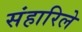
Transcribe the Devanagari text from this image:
संहारिले